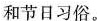
和节日习俗。